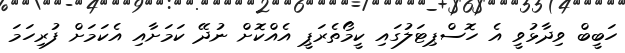
ހަބީބް ވިދާޅުވީ އެ ހޮސްޕިޓަލުގައި ކީމޯތެރަޕީ އެއްކޮށް ނުދޭ ކަމަށާއި އެކަމަށް ފުރިހަމަ